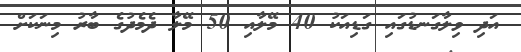
އަދި ވިލާގަނޑުގައި ގަޑިއަކު 40 މޭލާއި 50 މޭލާ ދެމެދުގެ ބާރު މިނަކަށް